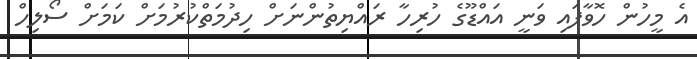
އެ މީހުން ހޮވާފައި ވަނީ އައްޑޫގެ ހުރިހާ ރައްޔިތުންނަށް ހިދުމަތްކުރުމަށް ކަމަށް ސޯލިހް